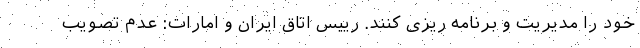
خود را مدیریت و برنامه ریزی کنند. رییس اتاق ایران و امارات: عدم تصویب